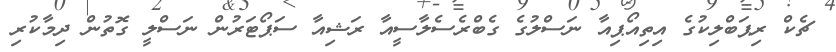
ޗެކް ރިޕަބްލިކުގެ އިތިއޯޕިއާ ނަސްލުގެ ގެބްރެސެލާސީއާ ރަޝިއާ ސަޕޯޓަރުން ނަސްލީ ގޮތުން ދިމާކުރި